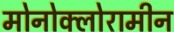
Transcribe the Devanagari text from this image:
मोनोक्लोरामीन